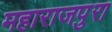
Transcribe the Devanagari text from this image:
महाराजपुरा